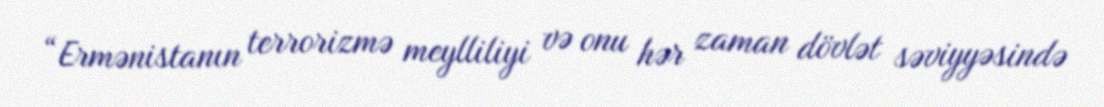
“Ermənistanın terrorizmə meylliliyi və onu hər zaman dövlət səviyyəsində